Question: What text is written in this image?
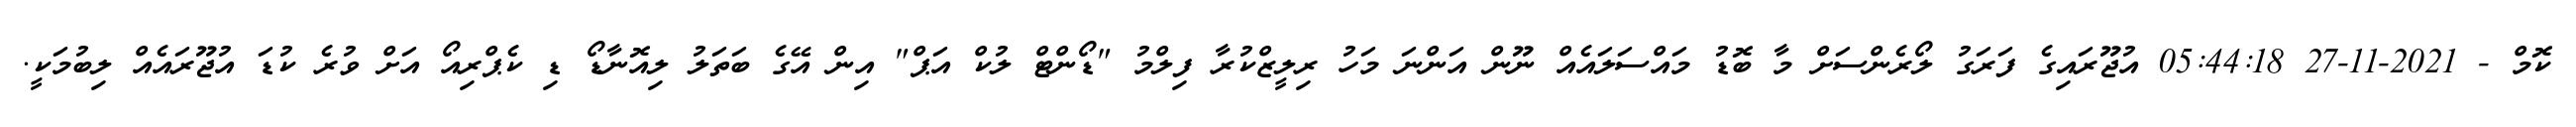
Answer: ކޮމް - 2021-11-27 05:44:18 އުޖޫރައިގެ ފަރަގު ލޯރެންސަށް މާ ބޮޑު މައްސަލައެއް ނޫން އަންނަ މަހު ރިލީޒްކުރާ ފިލްމު "ޑޯންޓް ލުކް އަޕް" އިން އޭގެ ބަތަލު ލިއޮނާޑޯ ޑި ކެޕްރިއޯ އަށް ވުރެ ކުޑަ އުޖޫރައެއް ލިބުމަކީ.